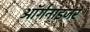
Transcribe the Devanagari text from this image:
ऑर्गनाइजर